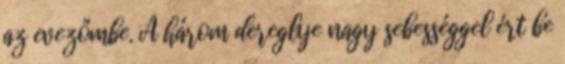
az evezőmbe. A három dereglye nagy sebességgel ért be